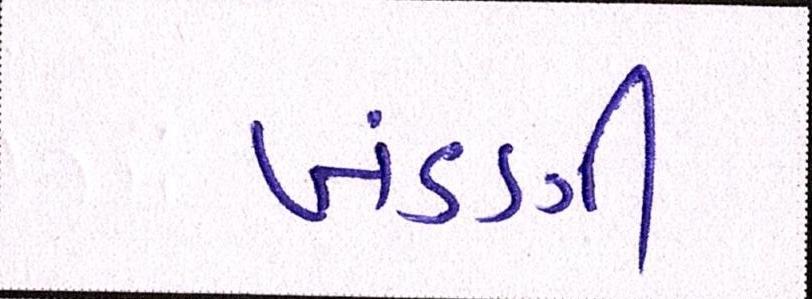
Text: ખંડણી